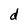
Character: d